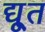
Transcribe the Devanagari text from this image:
द्यू्त